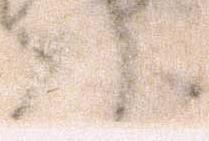
頭